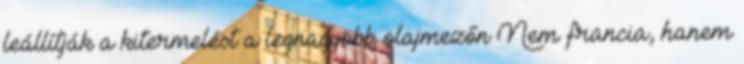
leállítják a kitermelést a legnagyobb olajmezőn Nem francia, hanem